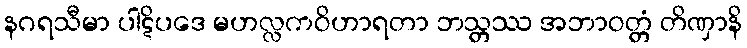
နဂရသီမာ ပါဋိပဒေ မဟလ္လကဝိဟာရတာ ဘသ္တဿ အဘာဝတ္တံ တိဏှာနိ